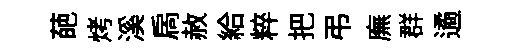
葩烤溪扄赦給粹把弔廡群遹